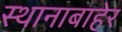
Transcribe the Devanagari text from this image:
स्थानाबाहेर